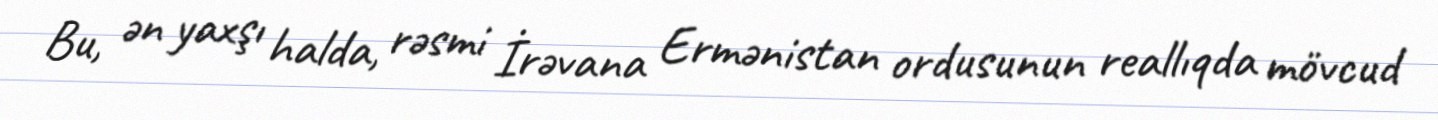
Bu, ən yaxşı halda, rəsmi İrəvana Ermənistan ordusunun reallıqda mövcud